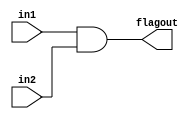
module ANDer(in1, in2, flagout);
  input [5:0] in1;
  input in2;
  output flagout;
  assign flagout = in1 && in2;

endmodule